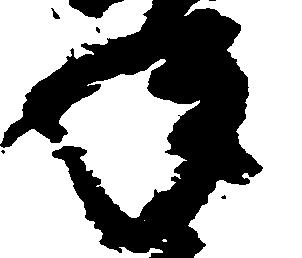
年